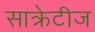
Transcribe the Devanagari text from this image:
साक्रेटीज